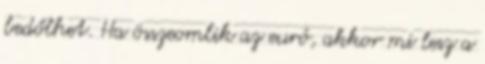
bedőlhet. Ha összeomlik az euró, akkor mi lesz a